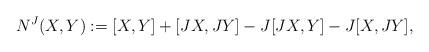
LaTeX: \begin{align*}N^J(X,Y):=[X,Y]+[JX,JY]-J[JX,Y]-J[X,JY],\end{align*}